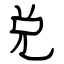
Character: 兑